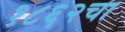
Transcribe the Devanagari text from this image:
१८६२चा